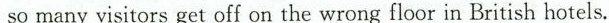
so many visitors get off on the wrong floor in British hotels.